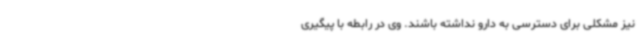
نیز مشکلی برای دسترسی به دارو نداشته باشند. وی در رابطه با پیگیری